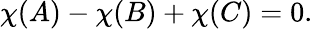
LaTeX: \chi(A)-\chi(B)+\chi(C)=0.